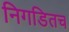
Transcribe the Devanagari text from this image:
निगडितच